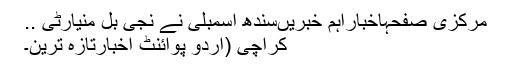
مرکزی صفحہاخباراہم خبریںسندھ اسمبلی نے نجی بل منیارٹی ..
کراچی (اُردو پوائنٹ اخبارتازہ ترین۔